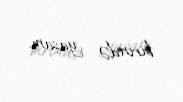
birində yaşam.